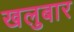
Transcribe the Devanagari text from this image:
खलुबार